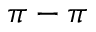
\pi - \pi